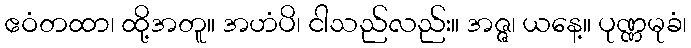
ဧဝံတထာ၊ ထို့အတူ။ အဟံပိ၊ ငါသည်လည်း။ အဇ္ဇ၊ ယနေ့။ ပုဏ္ဏမုခံ၊